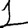
Digit: 1